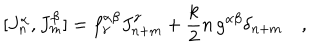
[ J _ { n } ^ { \alpha } , J _ { m } ^ { \beta } ] = f _ { \gamma } ^ { \alpha \beta } J _ { n + m } ^ { \gamma } + \frac { k } { 2 } n \, g ^ { \alpha \beta } \delta _ { n + m } \quad ,